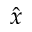
\hat { x }